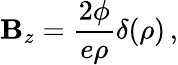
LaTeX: \mathbf{B}_{z}={\frac{{2\phi}}{{e\rho}}}\delta(\rho)\, ,